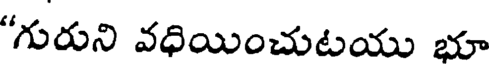
"గురుని వధియించుటయు భూ